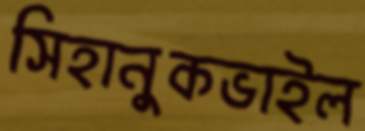
সিহানুকভাইল